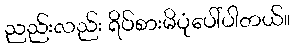
ညည်းလည်း ရိပ်စားမိပုံပေါ်ပါတယ်။